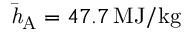
\mathit { \bar { h } _ { \mathrm { A } } } = 4 7 . 7 \, \mathrm { M J / k g }